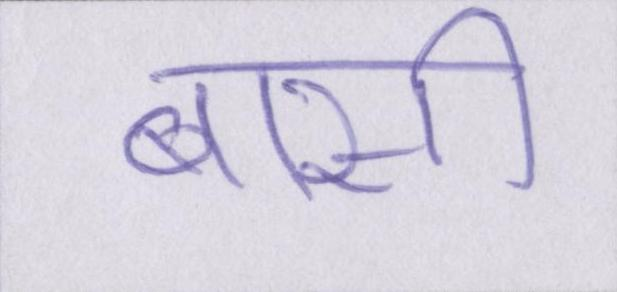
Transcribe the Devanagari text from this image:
बासी